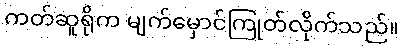
ကတ်ဆူရိုက မျက်မှောင်ကြုတ်လိုက်သည်။